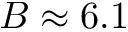
B \approx 6 . 1